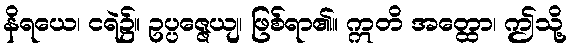
နိရယေ၊ ငရဲ၌။ ဥပ္ပဇ္ဇေယျ၊ ဖြစ်ရာ၏။ ဣတိ အတ္ထော၊ ဤသို့